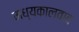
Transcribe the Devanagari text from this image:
मध्यकालवाद